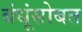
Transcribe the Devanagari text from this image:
बंधूंसोबत